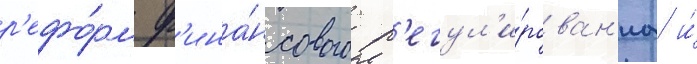
р'ефо́рм ф'ина́нсового р'егул'и́рован'иа и́